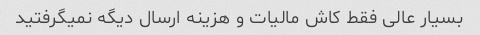
بسیار عالی فقط کاش مالیات و هزینه ارسال دیگه نمیگرفتید